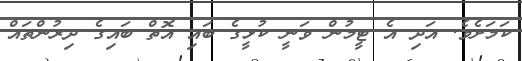
ކަމަށެވެ. އަދި އެ ޓީމުން ވަނީ ކުޅީގެ ބައި އޮތް ބައިގެ ދިރުންތައް